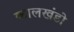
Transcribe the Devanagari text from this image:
कालखंडो